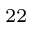
^ { 2 2 }